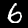
Digit: 6